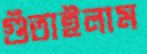
গুঁতাইলাম